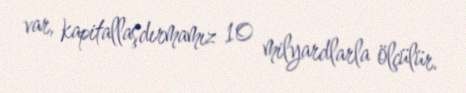
var, kapitallaşdırmamız 10 milyardlarla ölçülür.